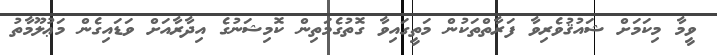
ވީމާ މިކަމަށް ޝައުޤުވެރިވާ ފަރާތްތަކުން މަތީގައިވާ ގޮތުގެމަތިން ކޮމިޝަނުގެ އިދާރާއަށް ވަޑައިގެން މަޢުލޫމާތު